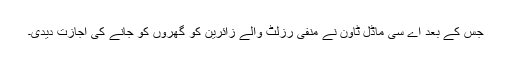
جس کے بعد اے سی ماڈل ٹاون نے منفی رزلٹ والے زائرین کو گھروں کو جانے کی اجازت دیدی۔